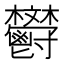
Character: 𩰩